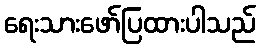
ရေးသားဖော်ပြထားပါသည်